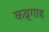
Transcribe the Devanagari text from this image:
कब्र्गाह